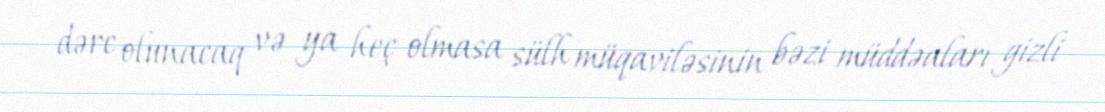
dərc olunacaq və ya heç olmasa sülh müqaviləsinin bəzi müddəaları gizli